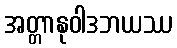
အတ္တာနုဝါဒဘယဿ